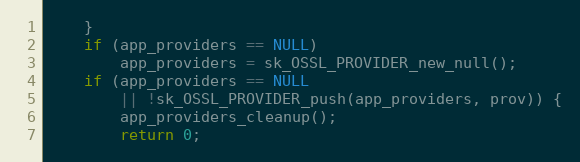
Language: C
    }
    if (app_providers == NULL)
        app_providers = sk_OSSL_PROVIDER_new_null();
    if (app_providers == NULL
        || !sk_OSSL_PROVIDER_push(app_providers, prov)) {
        app_providers_cleanup();
        return 0;